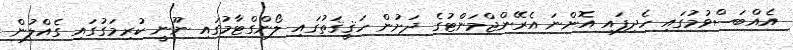
އެއްބަސްވުމުގައި ހެދިފައި އޮންނަ އެރޭންޖްމަންޓުގެ ދަށުން ހަޤީޤަތުގައި ލޯންގްޓާމުގައި ނޫނީ ކުރިމަގުގައި ގެއްލުން